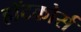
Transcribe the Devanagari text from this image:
हॉटकोर्स